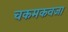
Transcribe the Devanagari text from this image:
चकमकवजा